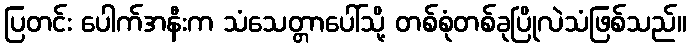
ပြတင်း ပေါက်အနီးက သံသေတ္တာပေါ်သို့ တစ်စုံတစ်ခုပြိုလဲသံဖြစ်သည်။